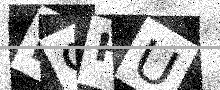
Text: R9HU